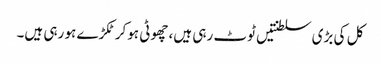
کل کی بڑی سلطنتیں ٹوٹ رہی ہیں، چھوٹی ہوکر ٹکڑے ہو رہی ہیں۔